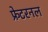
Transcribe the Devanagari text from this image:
फ्रेटरनल